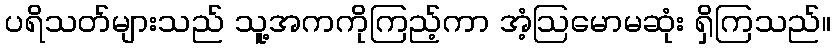
ပရိသတ်များသည် သူ့အကကိုကြည့်ကာ အံ့ဩမောမဆုံး ရှိကြသည်။